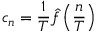
c _ { n } = { \frac { 1 } { T } } { \hat { f } } \left( { \frac { n } { T } } \right)